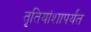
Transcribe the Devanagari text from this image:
तृतियांशापर्यंत